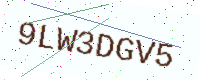
Text: 9LW3DGV5